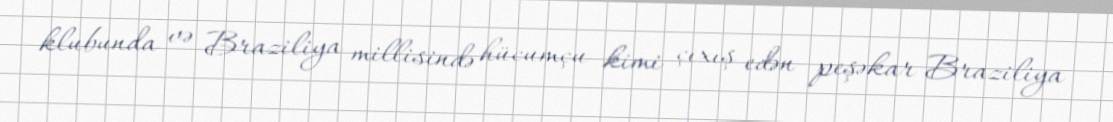
klubunda və Braziliya millisində hücumçu kimi çıxış edən peşəkar Braziliya